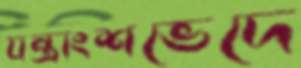
যন্ত্রাংশভেদে